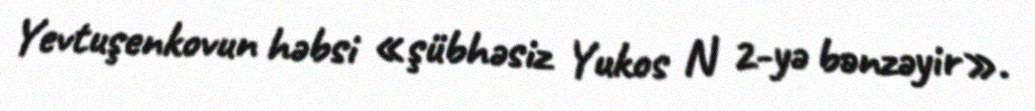
Yevtuşenkovun həbsi «şübhəsiz Yukos N 2-yə bənzəyir».